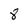
Character: 8